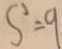
s ^ { 2 } = 9